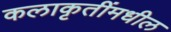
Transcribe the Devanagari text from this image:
कलाकृतींमधील